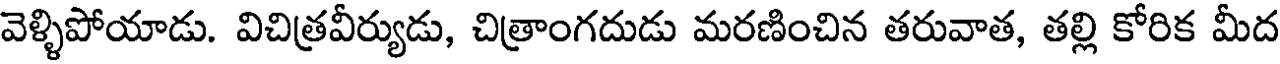
వెళ్ళిపోయాడు. విచిత్రవీర్యుడు, చిత్రాంగదుడు మరణించిన తరువాత, తల్లి కోరిక మీద